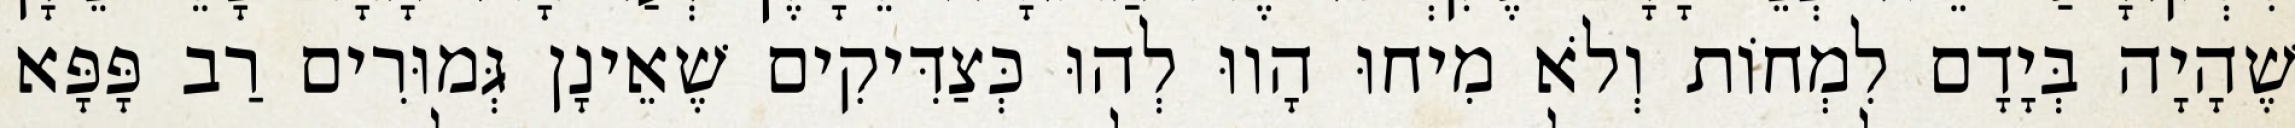
שֶׁהָיָה בְּיָדָם לִמְחוֹת וְלֹא מִיחוּ הָווּ לְהוּ כְּצַדִּיקִים שֶׁאֵינָן גְּמוּרִים רַב פָּפָּא